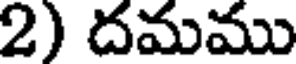
2) దమము